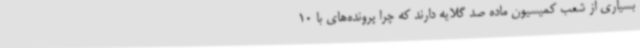
بسیاری از شعب کمیسیون ماده صد گلایه دارند که چرا پرونده‌های با 10